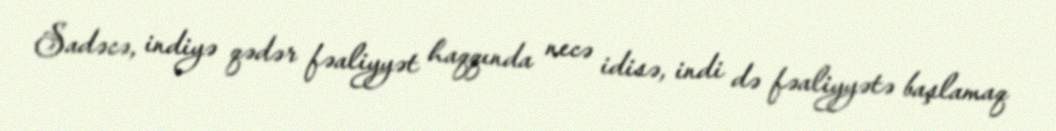
Sadəcə, indiyə qədər fəaliyyət haqqında necə idisə, indi də fəaliyyətə başlamaq